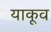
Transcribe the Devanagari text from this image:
याकूव